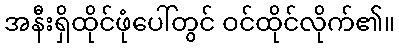
အနီးရှိထိုင်ဖုံပေါ်တွင် ဝင်ထိုင်လိုက်၏။